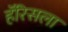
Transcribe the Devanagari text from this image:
हॅरिसला